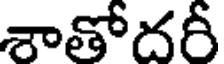
శాతోదరీ